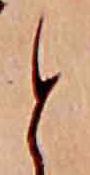
と